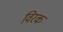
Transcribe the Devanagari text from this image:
विरक